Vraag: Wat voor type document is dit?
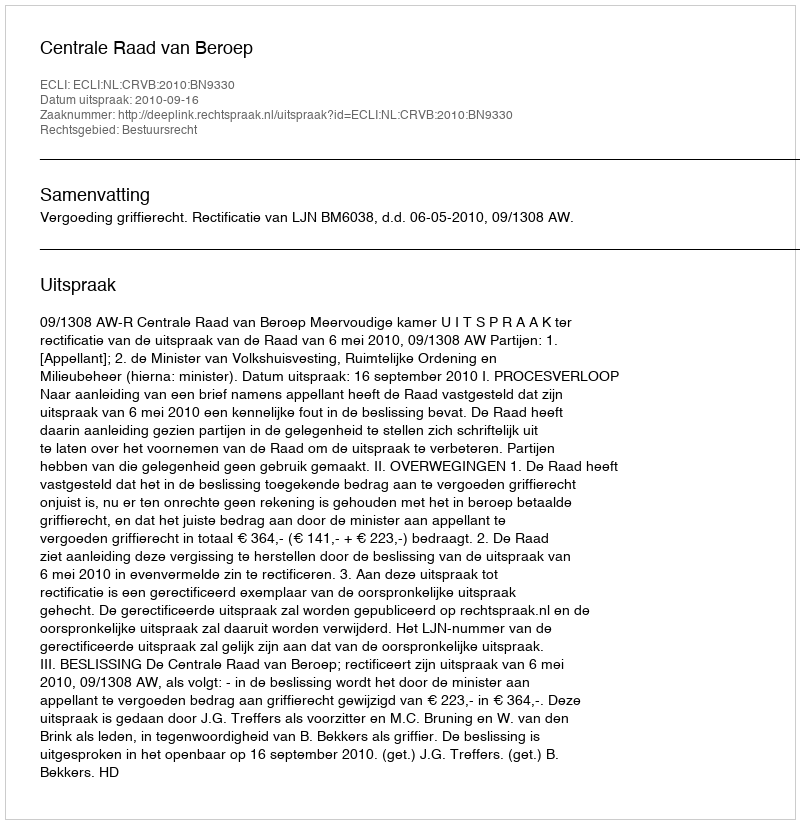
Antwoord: Uitspraak